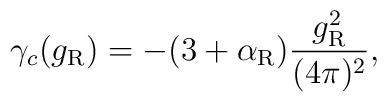
\gamma_c(g_{\rm R}) =-(3+\alpha_{\rm R})   \frac{g_{\rm R}^2}{(4\pi)^2},